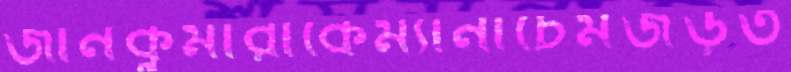
জানকুমারীকেম্যানাচেমজড়ত